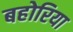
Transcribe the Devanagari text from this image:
बहोरिया